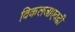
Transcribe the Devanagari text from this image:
विकलजाएवढी